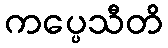
ကပ္ပေသီတိ